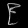
Digit: ၉